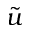
\tilde { u }